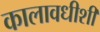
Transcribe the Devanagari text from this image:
कालावधीशी